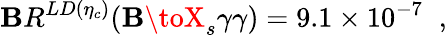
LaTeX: \mathbf{B}R^{LD(\eta_{c})}(\mathbf{B}\toX_{s}\gamma\gamma)=9.1\times10^{-7}\; \; ,